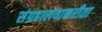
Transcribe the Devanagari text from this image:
संग्रहालयाकरीता